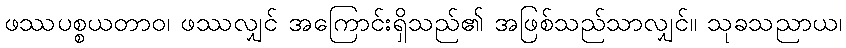
ဖဿပစ္စယတာဝ၊ ဖဿလျှင် အကြောင်းရှိသည်၏ အဖြစ်သည်သာလျှင်။ သုခသညာယ၊